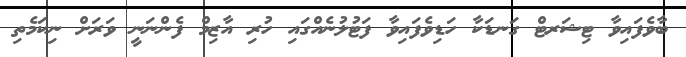
ބާވެފައިވާ ޓިޝަރޓް ގަނޑަކާ ހަޑިވެފައިވާ ފަޓުލުނެއްގައި ހުރި އާޒިމް ފެންނަނީ ވަރަށް ނިކަމެތި